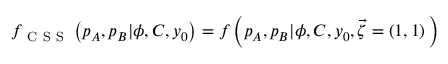
\begin{array} { r } { f _ { \mathrm { ~ C ~ S ~ S ~ } } \left( p _ { A } , p _ { B } | \phi , C , y _ { 0 } \right) = f \left( p _ { A } , p _ { B } | \phi , C , y _ { 0 } , \vec { \zeta } = ( 1 , 1 ) \, \right) } \end{array}